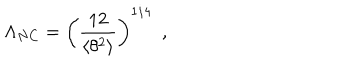
\Lambda _ { N C } = \left( \frac { 1 2 } { \langle \theta ^ { 2 } \rangle } \right) ^ { 1 / 4 } \, \, \, ,